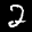
Label: 2